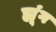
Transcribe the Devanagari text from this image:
ह्यूंग